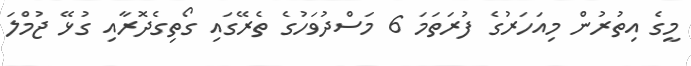
މީގެ އިތުރުން މިއަހަރުގެ ފުރަތަމަ 6 މަސްދުވަހުގެ ތެރޭގައި ގޯތިގެދޮރާއި ގުޅޭ ޖުމްލަ